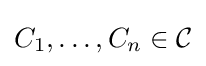
C_{1},\dots ,C_{n}\in {\mathcal {C}}